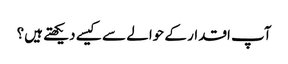
آپ اقدار کے حوالے سے کیسے دیکھتے ہیں؟